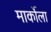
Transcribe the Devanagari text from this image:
मार्कोला